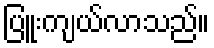
ပြူးကျယ်လာသည်။